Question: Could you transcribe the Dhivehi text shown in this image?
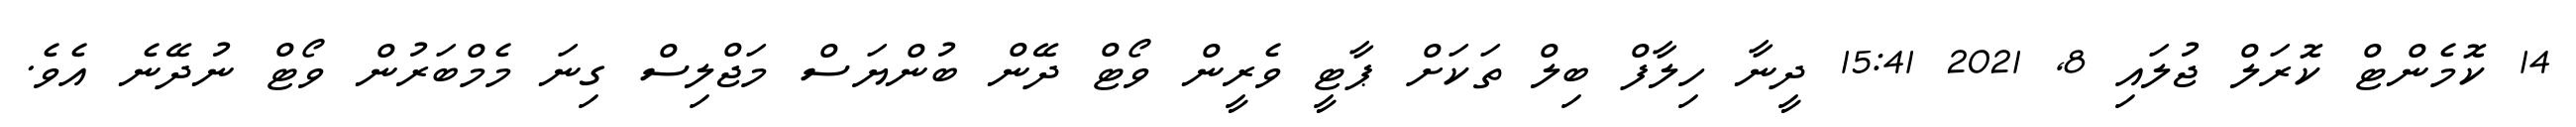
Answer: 14 ކޮމެންޓް ކޮރަލް ޖުލައި 8, 2021 15:41 ދީނާ ހިލާފް ބިލް ތަކަށް ޕާޓީ ވެރީން ވޯޓް ދޭން ބުންޔަސް މަޖްލިސް ގިނަ މެމްބަރުން ވޯޓް ނުދޭނެ އެވެ.